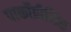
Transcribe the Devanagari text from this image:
पार्कोप्रीसिस